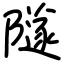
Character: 隧